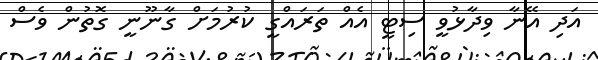
އަދި އޭނާ ވިދާޅުވީ ސިޓީ އެއް ތަރައްގީ ކުރުމަށް ގާނޫނީ ގޮތުން ވެސް